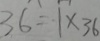
3 6 = 1 \times 3 6